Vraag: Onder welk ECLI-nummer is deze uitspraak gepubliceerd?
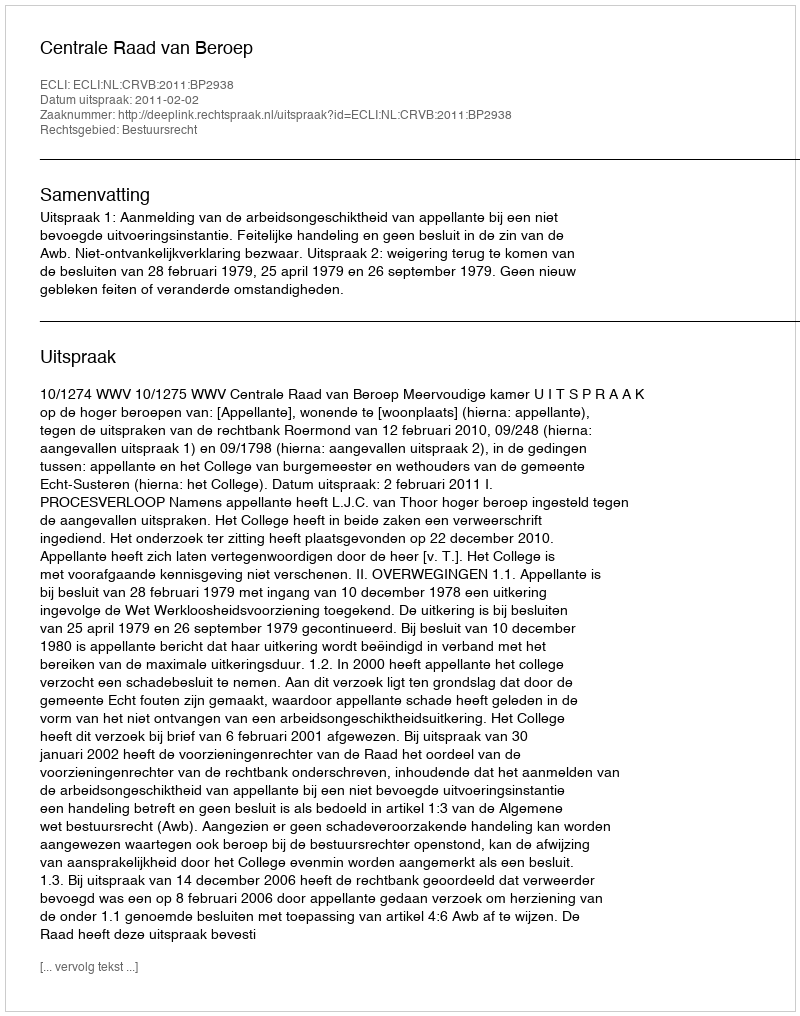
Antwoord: ECLI:NL:CRVB:2011:BP2938